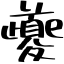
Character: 夔